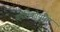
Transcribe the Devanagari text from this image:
क्रांतिकार्यांचा